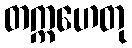
တက္ကဟေတု